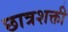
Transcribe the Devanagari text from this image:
छात्रशक्ती